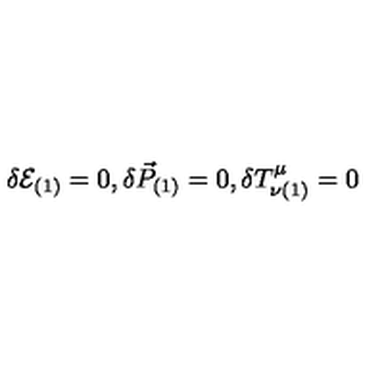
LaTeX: \delta { \cal { E } } _ { ( 1 ) } = 0 , \delta \vec { { P } } _ { ( 1 ) } = 0 , \delta { T } ^ { \mu } _ { \nu ( 1 ) } = 0